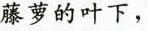
藤萝的叶下，